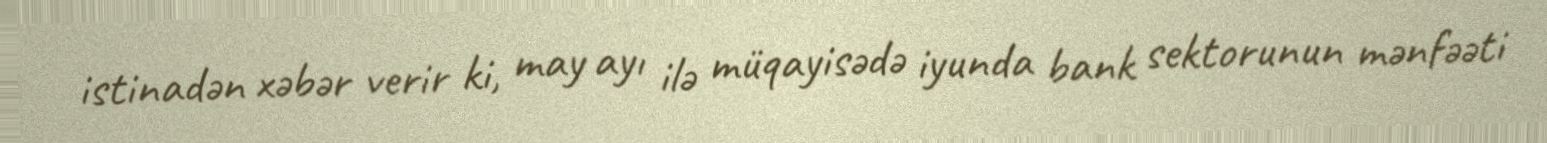
istinadən xəbər verir ki, may ayı ilə müqayisədə iyunda bank sektorunun mənfəəti